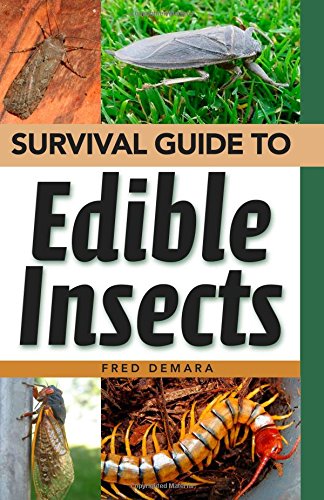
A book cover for Survival Guide to Edible Insects; Fred Damara; Cookbooks, Food & Wine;